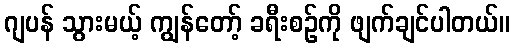
ဂျပန် သွားမယ့် ကျွန်တော့် ခရီးစဉ်ကို ဖျက်ချင်ပါတယ်။